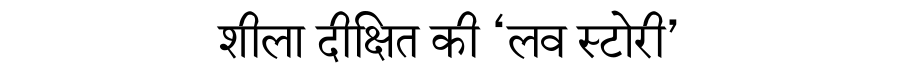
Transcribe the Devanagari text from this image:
शीला दीक्षित की ‘लव स्टोरी’